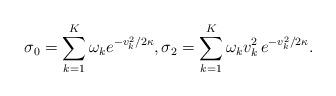
LaTeX: \begin{align*}\sigma_0 = \sum_{k=1}^K \omega_k e^{-v_k^2/2\kappa}, \sigma_2 = \sum_{k=1}^K \omega_k v_k^2\, e^{-v_k^2/2\kappa}.\end{align*}